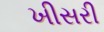
ખીસરી